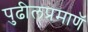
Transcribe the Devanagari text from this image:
पुढीलप्रमाणॅ